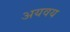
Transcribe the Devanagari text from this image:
अयवय